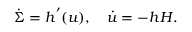
\dot { \Sigma } = h ^ { ' } ( u ) , \quad \dot { u } = - h H .